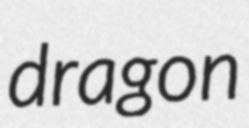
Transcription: dragon